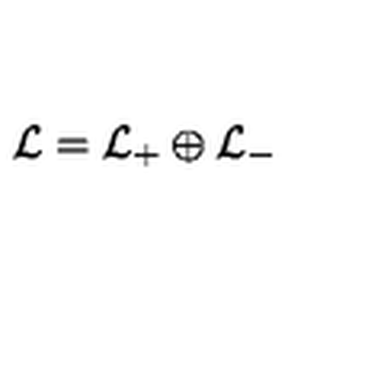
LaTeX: { \cal L } = { \cal L } _ { + } \oplus { \cal L } _ { - }